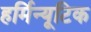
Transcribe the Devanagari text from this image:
हर्मिन्यूटिक